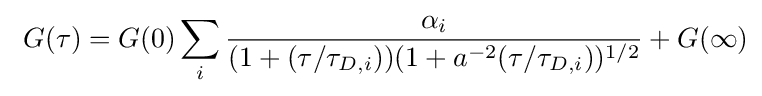
\ G(\tau )=G(0)\sum _{i}{\frac {\alpha _{i}}{(1+(\tau /\tau _{D,i}))(1+a^{-2}(\tau /\tau _{D,i}))^{1/2}}}+G(\infty )